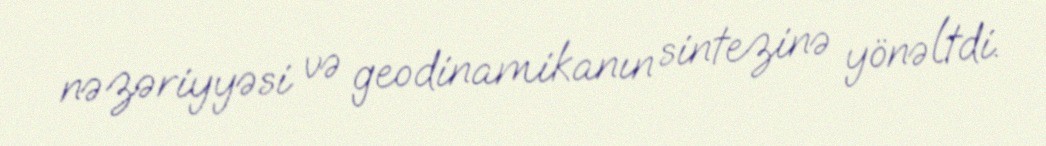
nəzəriyyəsi və geodinamikanın sintezinə yönəltdi.